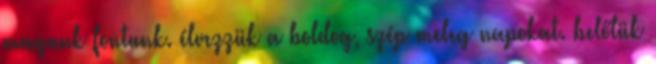
magunk fontunk. élvezzük a boldog, szép meleg napokat. belőlük